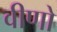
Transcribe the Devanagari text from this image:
वीणो